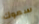
سموك